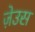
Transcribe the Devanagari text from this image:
ज़ेउस